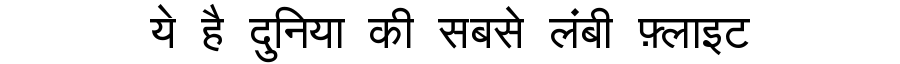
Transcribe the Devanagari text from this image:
ये है दुनिया की सबसे लंबी फ़्लाइट